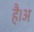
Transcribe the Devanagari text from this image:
है।अ